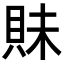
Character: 𧵖